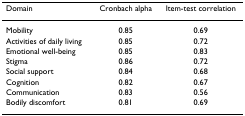
<table><thead><tr><td><b>Domain</b></td><td><b>Cronbach alpha</b></td><td><b>Item-test correlation</b></td></tr></thead><tbody><tr><td>Mobility</td><td>0.85</td><td>0.69</td></tr><tr><td>Activities of daily living</td><td>0.85</td><td>0.72</td></tr><tr><td>Emotional well-being</td><td>0.85</td><td>0.83</td></tr><tr><td>Stigma</td><td>0.86</td><td>0.72</td></tr><tr><td>Social support</td><td>0.84</td><td>0.68</td></tr><tr><td>Cognition</td><td>0.82</td><td>0.67</td></tr><tr><td>Communication</td><td>0.83</td><td>0.56</td></tr><tr><td>Bodily discomfort</td><td>0.81</td><td>0.69</td></tr></tbody></table>